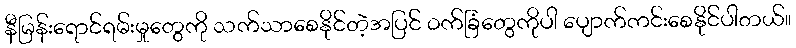
နီမြန်းရောင်ရမ်းမှုတွေကို သက်သာစေနိုင်တဲ့အပြင် ဝက်ခြံတွေကိုပါ ပျောက်ကင်းစေနိုင်ပါတယ်။